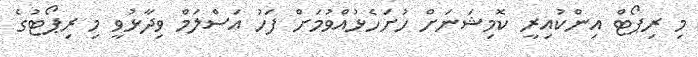
މި ރިޕޯޓް އިންކުއިރީ ކޮމިޝަނަށް ހުށަހެޅުއްވުމަށް ފަހު އަސްލަމް ވިދާޅުވީ މި ރިޕޯޓުގެ